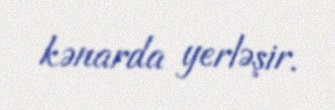
kənarda yerləşir.